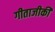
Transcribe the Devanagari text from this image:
गीताजीकी